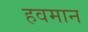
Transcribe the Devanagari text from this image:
हवमान